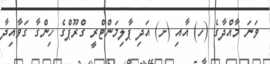
ވަނަ މާއްދާގެ (ހ) އާއި (ށ) އަދި ޕާލިމަންޓްރީ ގްރޫޕްގެ ހިންގާ ގަވާއިދާ